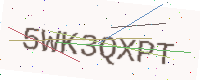
Text: 5WK3QXPT